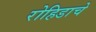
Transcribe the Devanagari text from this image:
रोहिडाचे